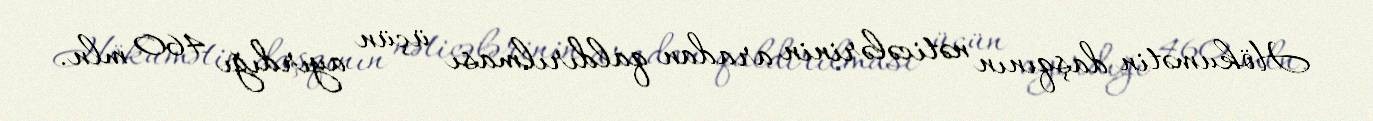
Hökumətin daşqının nəticələrinin aradan qaldırılması üçün ayırdığı 460 mln.